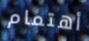
أهتمام